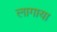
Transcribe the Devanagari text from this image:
लागाया